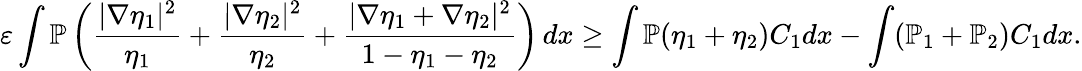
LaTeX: \varepsilon\int\mathbb{P}\left(\frac{|\nabla\eta_{1}|^{2}}{\eta_{1}}+\frac{|\nabla\eta_{2}|^{2}}{\eta_{2}}+\frac{|\nabla\eta_{1}+\nabla\eta_{2}|^{2}}{1-\eta_{1}-\eta_{2}}\right)\, dx\geq\int\mathbb{P}(\eta_{1}+\eta_{2})C_{1}dx-\int(\mathbb{P}_{1}+\mathbb{P}_{2})C_{1}dx.